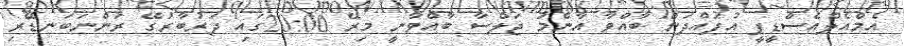
އެމްއެލްއެސްޑީޕީ އުފައްދަން ބާއްވާ އާންމު ޖަލްސާ ބާއްވާނީ މިރޭ 20:00ގައި ދަރުބާރުގޭ ރަންނަބަނޑޭރި